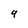
Character: 9